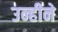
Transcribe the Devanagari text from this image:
उन्हीने